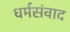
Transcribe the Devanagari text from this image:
धर्मसंवाद